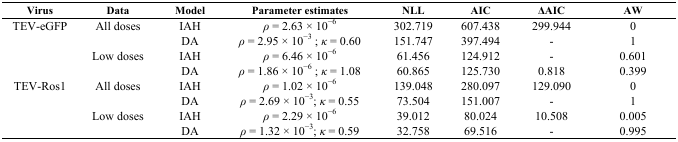
<table><thead><tr><td><b>Virus</b></td><td><b>Data</b></td><td><b>Model</b></td><td><b>Parameter estimates</b></td><td><b>NLL</b></td><td><b>AIC</b></td><td><b>ΔAIC</b></td><td><b>AW</b></td></tr></thead><tbody><tr><td>TEV-eGFP</td><td>All doses</td><td>IAH</td><td><i>ρ</i> = 2.63 × 10<sup>−6</sup></td><td>302.719</td><td>607.438</td><td>299.944</td><td>0</td></tr><tr><td></td><td></td><td>DA</td><td><i>ρ</i> = 2.95 × 10<sup>−3</sup> ; <i>κ</i> = 0.60</td><td>151.747</td><td>397.494</td><td>-</td><td>1</td></tr><tr><td></td><td>Low doses</td><td>IAH</td><td><i>ρ</i> = 6.46 × 10<sup>−6</sup></td><td>61.456</td><td>124.912</td><td>-</td><td>0.601</td></tr><tr><td></td><td></td><td>DA</td><td><i>ρ</i> = 1.86 × 10<sup>−6</sup> ; <i>κ</i> = 1.08</td><td>60.865</td><td>125.730</td><td>0.818</td><td>0.399</td></tr><tr><td>TEV-Ros1</td><td>All doses</td><td>IAH</td><td><i>ρ</i> = 1.02 × 10<sup>−6</sup></td><td>139.048</td><td>280.097</td><td>129.090</td><td>0</td></tr><tr><td></td><td></td><td>DA</td><td><i>ρ</i> = 2.69 × 10<sup>−3</sup>; <i>κ</i> = 0.55</td><td>73.504</td><td>151.007</td><td>-</td><td>1</td></tr><tr><td></td><td>Low doses</td><td>IAH</td><td><i>ρ</i> = 2.29 × 10<sup>−6</sup></td><td>39.012</td><td>80.024</td><td>10.508</td><td>0.005</td></tr><tr><td></td><td></td><td>DA</td><td><i>ρ</i> = 1.32 × 10<sup>−3</sup>; <i>κ</i> = 0.59</td><td>32.758</td><td>69.516</td><td>-</td><td>0.995</td></tr></tbody></table>